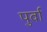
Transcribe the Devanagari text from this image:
पुर्वा